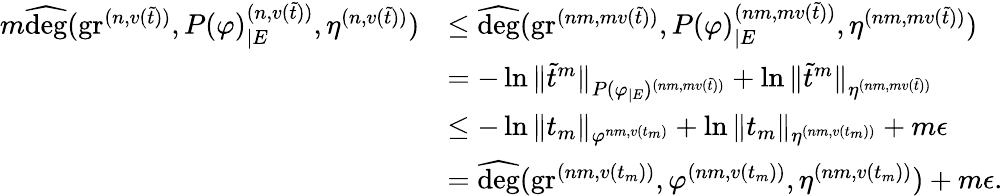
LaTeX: \begin{array}{rl}{m\widehat{\deg}(\operatorname{gr}^{(n,v(\tilde{t}))},P(\varphi)_{|E}^{(n,v(\tilde{t}))},\eta^{(n,v(\tilde{t}))})}&{\leq\widehat{\deg}(\operatorname{gr}^{(nm,mv(\tilde{t}))},P(\varphi)_{|E}^{(nm,mv(\tilde{t}))},\eta^{(nm,mv(\tilde{t}))})}\\ &{=-\ln\| \widetilde{t}^{m}\| _{P(\varphi_{|E})^{(nm,mv(\tilde{t}))}}+\ln\| \widetilde{t}^{m}\| _{\eta^{(nm,mv(\tilde{t}))}}}\\ &{\leq-\ln\| t_{m}\| _{\varphi^{nm,v(t_{m})}}+\ln\| t_{m}\| _{\eta^{(nm,v(t_{m}))}}+m\epsilon}\\ &{=\widehat{\deg}(\operatorname{gr}^{(nm,v(t_{m}))},\varphi^{(nm,v(t_{m}))},\eta^{(nm,v(t_{m}))})+m\epsilon.}\end{array}